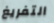
التفريغ